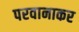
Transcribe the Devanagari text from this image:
परवानाकर